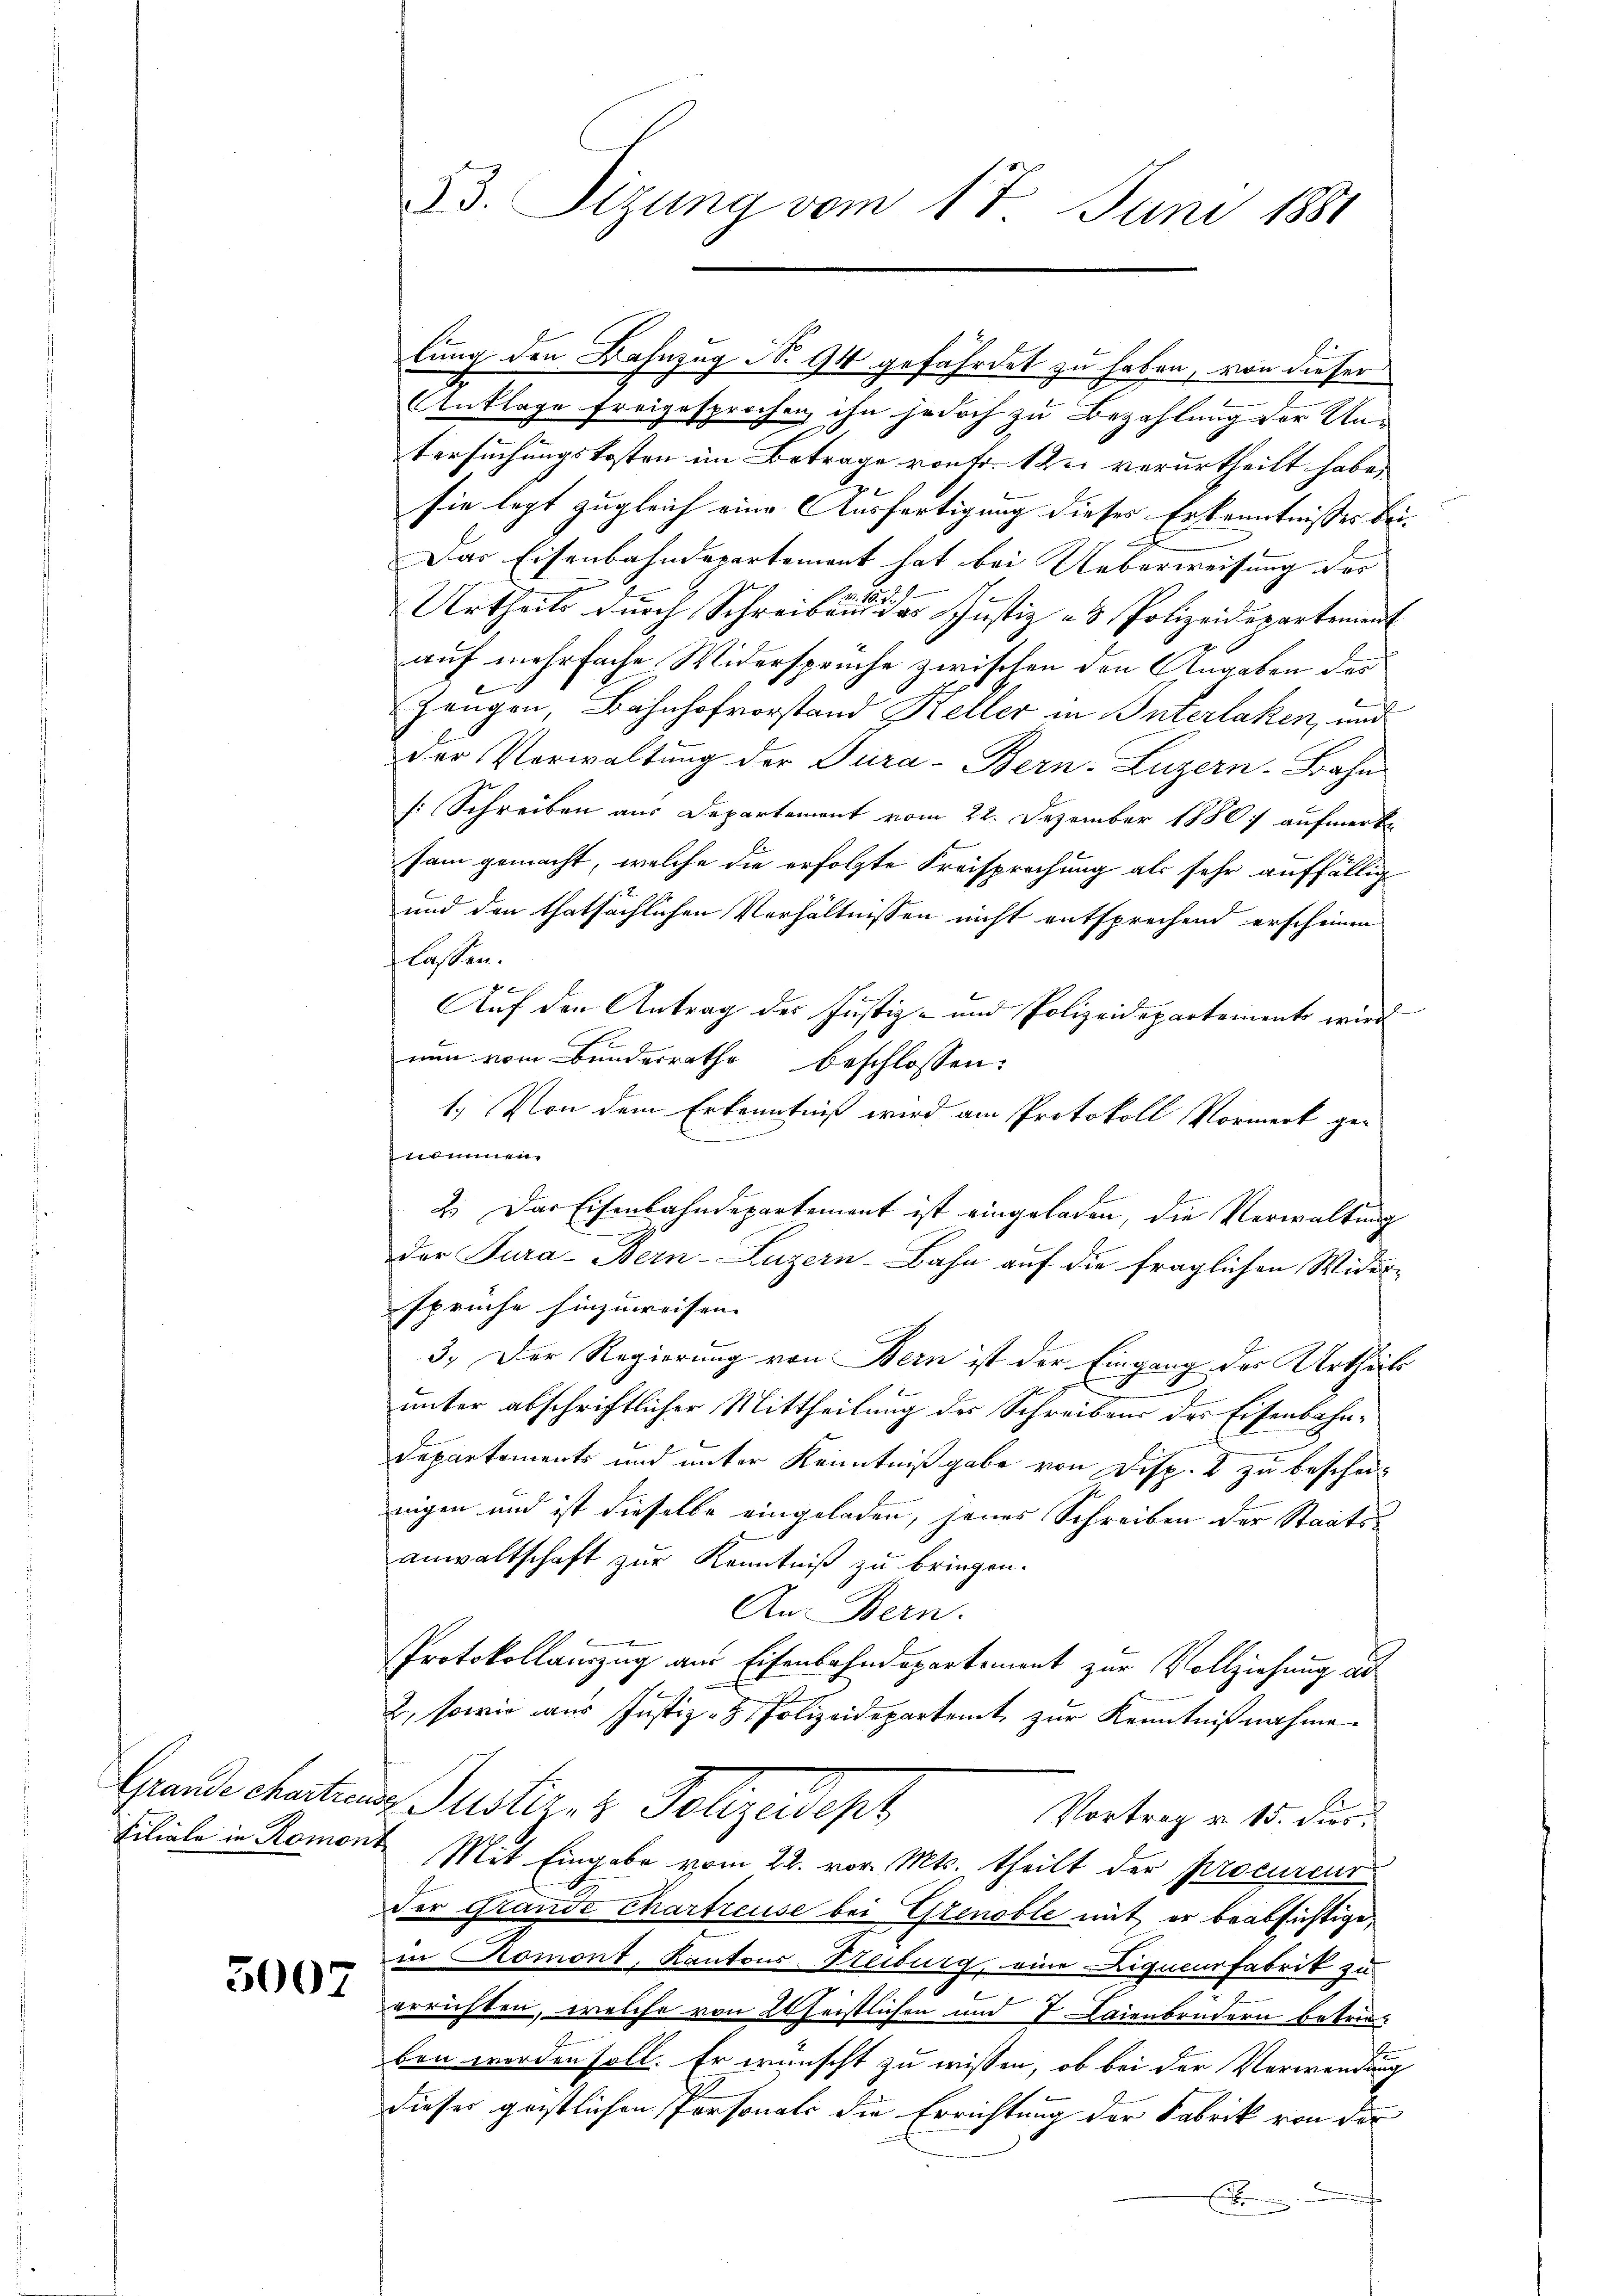
5007

33. Tizung vom 17. Juni 1881

lung den Bahnzug No 94 gefährdet zu haben, von dieser
Anklage freigesprochen ihn jedoch zu Bezahlung der Untersuchungskosten im Betrage von Fr. 122. verurtheilt habe, |
sie legt zugleich eine Ausfertigung dieses Erkenntnisses bei- |
Das Eisenbahndepartement hat bei Ueberweisung der
1
Urtheils durch Schreiben das Justiz - 8 Polizeidepartement
auf mehrfache Widersprüche zwischen den Angaben der
Zeugen, Bahnhofvorstand Keller in Interlaken, und
Der Verwaltung der Dura-Bern-Luzern-Bahn
sSchreiben aus Departement vom 22. Dezember 1880 aufmerk
sam gemacht, welche die erfolgte Freisprechung als sehr auffällig
und den thatsächlichen Verhältnissen nicht entsprechend erscheinen
lassen.
f x
Auf den Antrag des Justiz- und Polizeidepartements wird
r
nun vom Bunderrathe beschlossen:
1.) Von dem Erkenntniß wird am Protokoll Vormerk genommen.
2.) Das Eisenbahndepartement ist eingeladen, die Verwaltung
der Jura-Bern-Luzern-Bahn auf die fraglichen Widersprüche hinzuweisen. |
3.) Der Regierung von Bern ist der Eingang des Urtheils
unter abschriftlicher Mittheilung der Schreibens des Eisenbahn¬
Departements und unter Kenntniß gabe von Disp. 2 zu bescheinigen und ist dieselbe eingeladen, jenes Schreiben der Staatsanwaltschaft zur Kenntniß zu bringen.
An Bern.
Protokollauszug am Eisenbahndepartement zur Vollziehung und
2, sowie aus Justiz- & Polizeidepartemt zur Kenntnißnahme.
Grande charten Puster- & Polizeidept
Vortrag u. 15. dies
Filiale in Romont, Mit Eingabe vom 22. vor. Mts. theilt der procureur
der Grande Chartreuse bei Grenoble mit er beabsichtigen
in Romont, Kantons-Steiburg, eine Liqucurfabrik zu
errichten, welche von Scheistlichen und 7 Laienbrudern betrie-
ben werden soll. Er wünscht zu wissen, ob bei der Verwendung
dieser geistlichen Personals die Errichtung der Fabrik von der